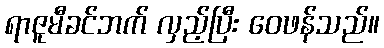
ရာဇူမီခင်ဘက် လှည့်ပြီး ဝေဖန်သည်။